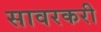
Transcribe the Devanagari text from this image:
सावरकरी